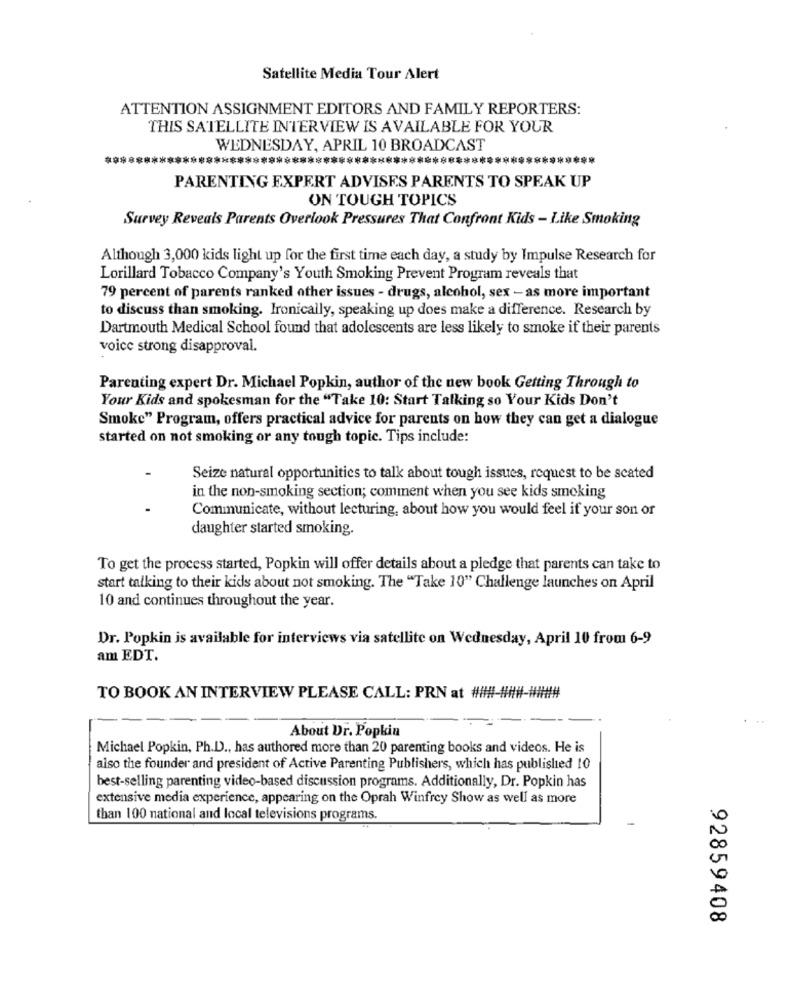
Satellite Media Tour Alert
ATTENTION ASSIGNMENT EDITORS AND FAMILY REPORTERS:
THIS SATELLITE INTERVIEW IS AVAILABLE FOR YOUR
WEDNESDAY, APRIL 10 BROADCAST
PARENTING EXPERT ADVISES PARENTS TO SPEAK UP
ON TOUGH TOPICS
Survey Reveals Parents Overlook Pressures That Confront Kids - Like Smoking
Although 3,000 kids light up for the first time each day, a study by Impulse Research for
Lorillard Tobacco Company's Youth Smoking Prevent Program reveals that
79 percent of parents ranked other issues - drugs, alcohol, sex - as more important
to discuss than smoking. Ironically, speaking up does make a difference. Research by
Dartmouth Medical School found that adolescents are less likely to smoke if their parents
voice strong disapproval.
Parenting expert Dr. Michael Popkin, author of the new book Getting Through to
Your Kids and spokesman for the "Take 10: Start Talking so Your Kids Don't
Smoke" Program, offers practical advice for parents on how they can get a dialogue
started on not smoking or any tough topic. Tips include:
Seize natural opportunities to talk about tough issues, request to be seated
in the non-smoking section; comment when you see kids smoking
Communicate, without lecturing, about how you would feel if your son or
daughter started smoking.
To get the process started, Popkin will offer details about a pledge that parents can take to
start talking to their kids about not smoking. The "Take 10" Challenge launches on April
10 and continues throughout the year.
Dr. Popkin is available for interviews via satellite on Wednesday, April 10 from 6-9
am EDT.
TO BOOK AN INTERVIEW PLEASE CALL: PRN at ########-####
About Dr. Popkin
Michael Popkin, Ph.D ., has authored more than 20 parenting books and videos. He is
also the founder and president of Active Parenting Publishers, which has published 10
best-selling parenting video-based discussion programs. Additionally, Dr. Popkin has
extensive media experience, appearing on the Oprah Winfrey Show as well as more
than 100 national and local televisions programs.
92859408